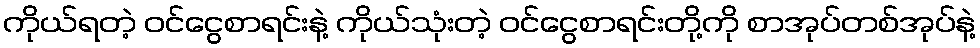
ကိုယ်ရတဲ့ ဝင်ငွေစာရင်းနဲ့ ကိုယ်သုံးတဲ့ ဝင်ငွေစာရင်းတို့ကို စာအုပ်တစ်အုပ်နဲ့